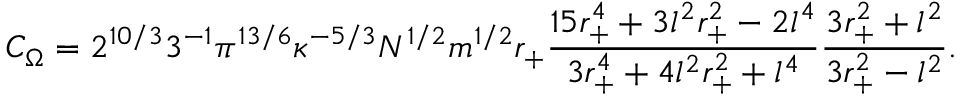
C _ { \Omega } = 2 ^ { 1 0 / 3 } 3 ^ { - 1 } \pi ^ { 1 3 / 6 } \kappa ^ { - 5 / 3 } N ^ { 1 / 2 } m ^ { 1 / 2 } r _ { + } \frac { 1 5 r _ { + } ^ { 4 } + 3 l ^ { 2 } r _ { + } ^ { 2 } - 2 l ^ { 4 } } { 3 r _ { + } ^ { 4 } + 4 l ^ { 2 } r _ { + } ^ { 2 } + l ^ { 4 } } \frac { 3 r _ { + } ^ { 2 } + l ^ { 2 } } { 3 r _ { + } ^ { 2 } - l ^ { 2 } } .